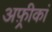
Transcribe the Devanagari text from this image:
अफ़्रीकां